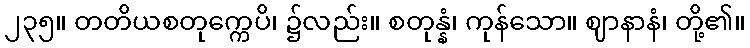
၂၃၅။ တတိယစတုက္ကေပိ၊ ၌လည်း။ စတုန္နံ၊ ကုန်သော။ ဈာနာနံ၊ တို့၏။